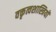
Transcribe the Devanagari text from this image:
वक्तृत्वशास्त्रियों